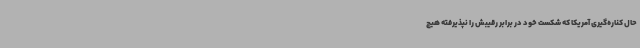
حال کناره‌گیری آمریکا که شکست خود در برابر رقیبش را نپذیرفته هیچ